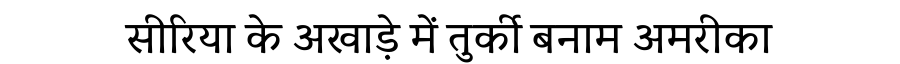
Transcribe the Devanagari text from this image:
सीरिया के अखाड़े में तुर्की बनाम अमरीका